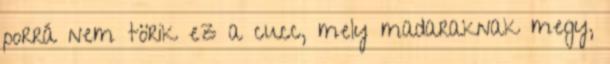
porrá nem törik ez a cucc, mely madaraknak megy,